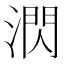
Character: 㴸